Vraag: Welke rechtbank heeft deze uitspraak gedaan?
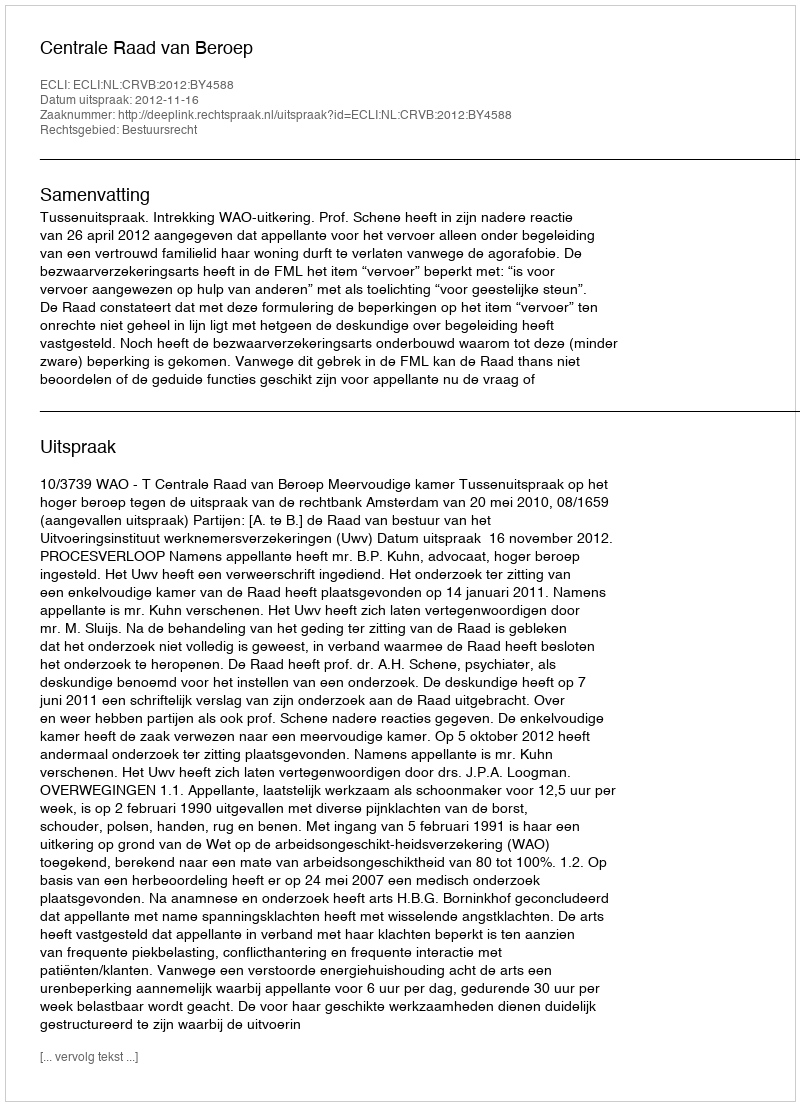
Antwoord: Centrale Raad van Beroep